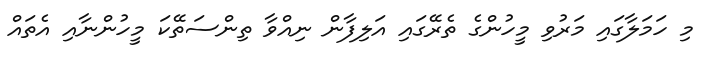
މި ހަމަލާގައި މަރުވި މީހުންގެ ތެރޭގައި އަލިފާން ނިއްވާ ތިންސަތޭކަ މީހުންނާއި އެތައް